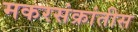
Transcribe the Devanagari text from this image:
मकरसंक्रांतीस